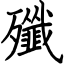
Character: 殲